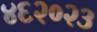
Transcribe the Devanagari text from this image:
४६२०२३